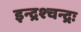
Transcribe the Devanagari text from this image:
इन्द्रश्चन्द्रः